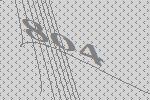
804